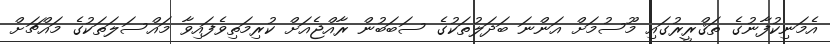
އެމަނިކުފާނުގެ ތަޤްރީރުގައި މޫސުމަށް އަންނަ ބަދަލުތަކުގެ ސަބަބުން ރާއްޖެއަށް ކުރިމަތިވެފައިވާ މައްސަލަތަކުގެ މައްޗަށް